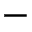
-